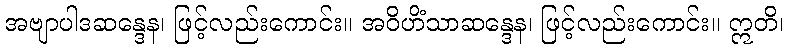
အဗျာပါဒဆန္ဒေန၊ ဖြင့်လည်းကောင်း။ အဝိဟိံသာဆန္ဒေန၊ ဖြင့်လည်းကောင်း။ ဣတိ၊